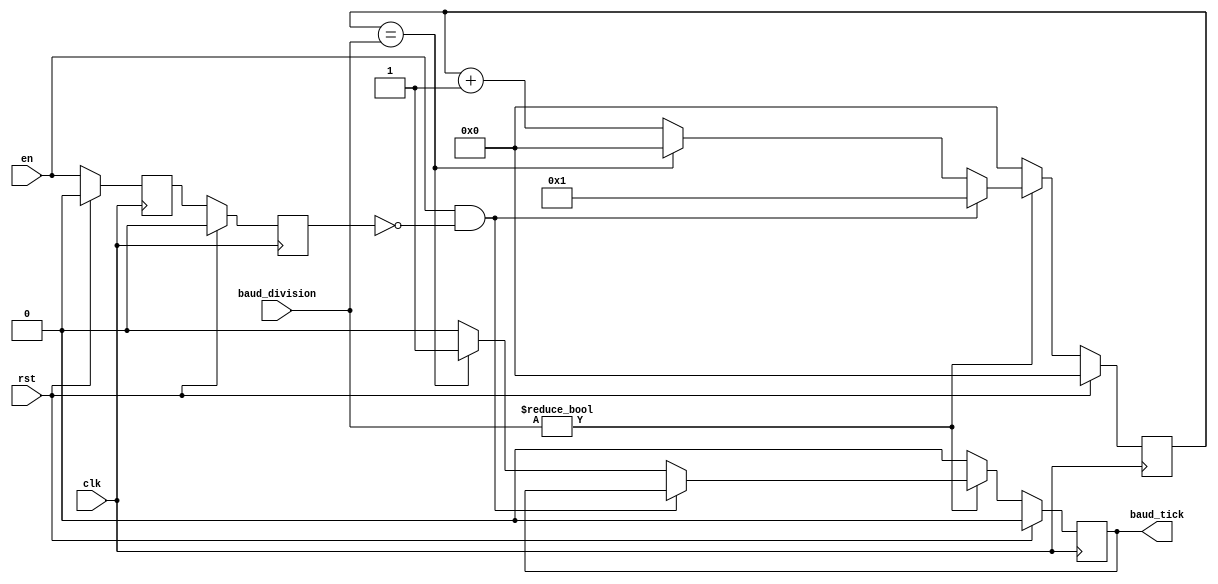
// Baud Rate Generator
module uart_baud_rate (
    input wire clk, // system clock
    input wire rst,
    input wire [7:0] baud_division, // divisor value
    input wire en, //baud enable signal
    output reg baud_tick); // baudclk
/*  Clock Frequency: f  = 20 MHz
    Baud Rate:       Bd = 9600 bit/s
    Baud Division = ____f____
                     16 x Bd
*/
// Intrnal wires declaration
    reg temp_en, delayed_en; // temporary enable signal and  a register to add some delay
    reg [7:0] baud_count; // counter 
// body 
// enable signal 
    always @(posedge clk) begin
        if (rst) begin
            temp_en <= 0; // enable reg initialized
            delayed_en <= 0; // delayed enable reg initialized
        end
        else begin
            if ((en == 0) || (en == 1)) begin // at every possiblity 
                temp_en <= en; // en sx is assigned to temp_en register 
                delayed_en <= temp_en; // and temp-en is assigned to delayed register for delay
            end
            else begin // to hold previous states
                temp_en <= temp_en; 
                delayed_en <= delayed_en;
            end
        end
    end
// body
//baudclk generation 
    always @(posedge clk) begin
        if (rst) begin // initialization
            baud_count <= 0;
            baud_tick <= 0;
        end
        else begin // at rst = 0
            if (baud_division != 0) begin // at some baud division value
                if ((en == 1) && (delayed_en == 0)) begin // if en high and delayed en low 
                    baud_count <= 1; // baud clk high
                    baud_tick <= baud_tick; // retain previous value
                end
                else if (baud_count == baud_division) begin // counter reaches division value
                    baud_count <= 0; // initialize counter 
                    baud_tick <= 1; // baud clk high
                end
                else begin
                    baud_count <= baud_count + 1; // counter increment
                    baud_tick <= 0; // baud tick is zero, it is only high when counter reaches the division value
                end
            end
            else begin // baud division has value zero, then initialize counter and tick
                baud_count <= 0;
                baud_tick <= 0;
            end
        end
    end
endmodule